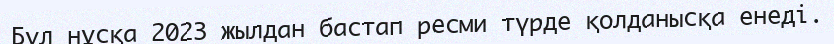
Бұл нұсқа 2023 жылдан бастап ресми түрде қолданысқа енеді.